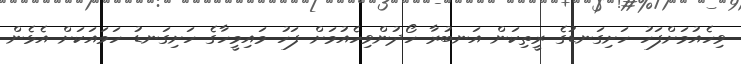
ވިހެއުމަށްފަހު ހަށިގަނޑުގެ ރީތިކަން އަނބުރާ ހޯދުންވިހެއުމަށް ފަހު މައިމީހާގެ ހަށިގަނޑު ހަމައަކަށް އެޅެން